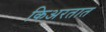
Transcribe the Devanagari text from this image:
किअरतात